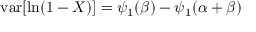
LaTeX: \operatorname { v a r } [ \ln ( 1 - X ) ] = \psi _ { 1 } ( \beta ) - \psi _ { 1 } ( \alpha + \beta )